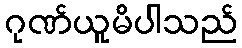
ဂုဏ်ယူမိပါသည်